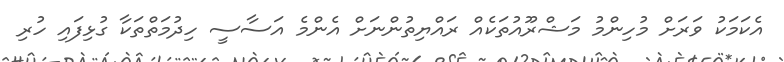
އެކަމަކު ވަރަށް މުހިންމު މަޝްރޫއުތަކެއް ރައްޔިތުންނަށް އެންމެ އަސާސީ ހިދުމަތްތަކާ ގުޅިފައި ހުރި